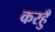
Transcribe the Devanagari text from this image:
करहुँ